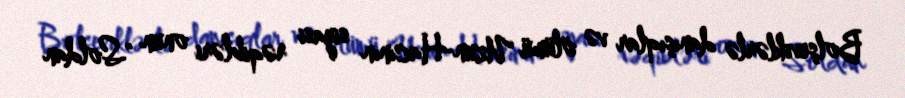
Bolşeviklərlə danışıqlar və ölümü Uzun-Hacının siyasi rəqibləri onun "Soldan